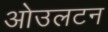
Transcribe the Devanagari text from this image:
ओउलटन